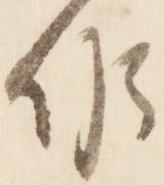
候